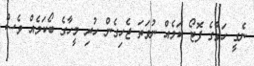
ނެގީ ހަވާގެ ފޮޓޯ ކަމެއް ނުވަތަ ޖެހިގެން ހުރި މީހާގެ ބޯކަމެއް ވެސް